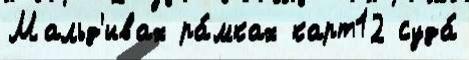
Мальд'ивах ра́мках карт12 суда́